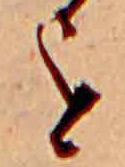
を